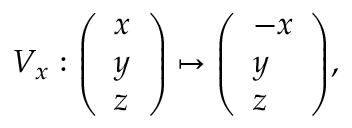
V _ { x } : { \left( \begin{array} { l } { x } \\ { y } \\ { z } \end{array} \right) } \mapsto { \left( \begin{array} { l } { - x } \\ { y } \\ { z } \end{array} \right) } ,